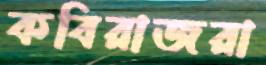
কবিরাজরা